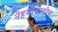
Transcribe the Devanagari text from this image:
नेहमीसाठीच